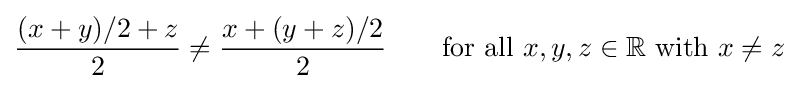
{(x+y)/2+z \over 2}\neq {x+(y+z)/2 \over 2}\qquad {\mbox{for all }}x,y,z\in \mathbb {R} {\mbox{ with }}x\neq z